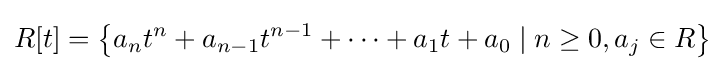
R[t]=\left\{a_{n}t^{n}+a_{n-1}t^{n-1}+\dots +a_{1}t+a_{0}\mid n\geq 0,a_{j}\in R\right\}